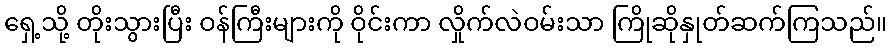
ရှေ့သို့ တိုးသွားပြီး ဝန်ကြီးများကို ဝိုင်းကာ လှိုက်လဲဝမ်းသာ ကြိုဆိုနှုတ်ဆက်ကြသည်။